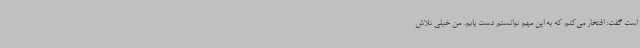
است گفت: افتخار می‌کنم که به این مهم توانستم دست یابم. من خیلی تلاش